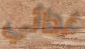
غدائي